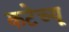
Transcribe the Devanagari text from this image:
कटेच्यू